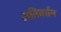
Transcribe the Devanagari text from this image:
अतिवर्तन